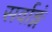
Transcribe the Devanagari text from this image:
सर्वाङ्गं